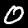
Label: 0